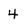
Character: 4